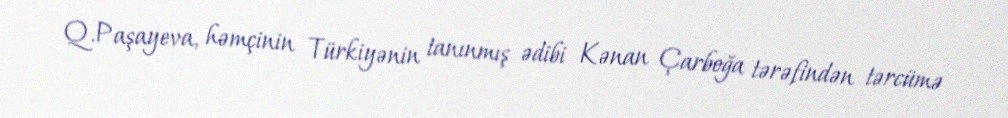
Q.Paşayeva, həmçinin Türkiyənin tanınmış ədibi Kənan Çarboğa tərəfindən tərcümə